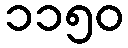
၁၁၅၀